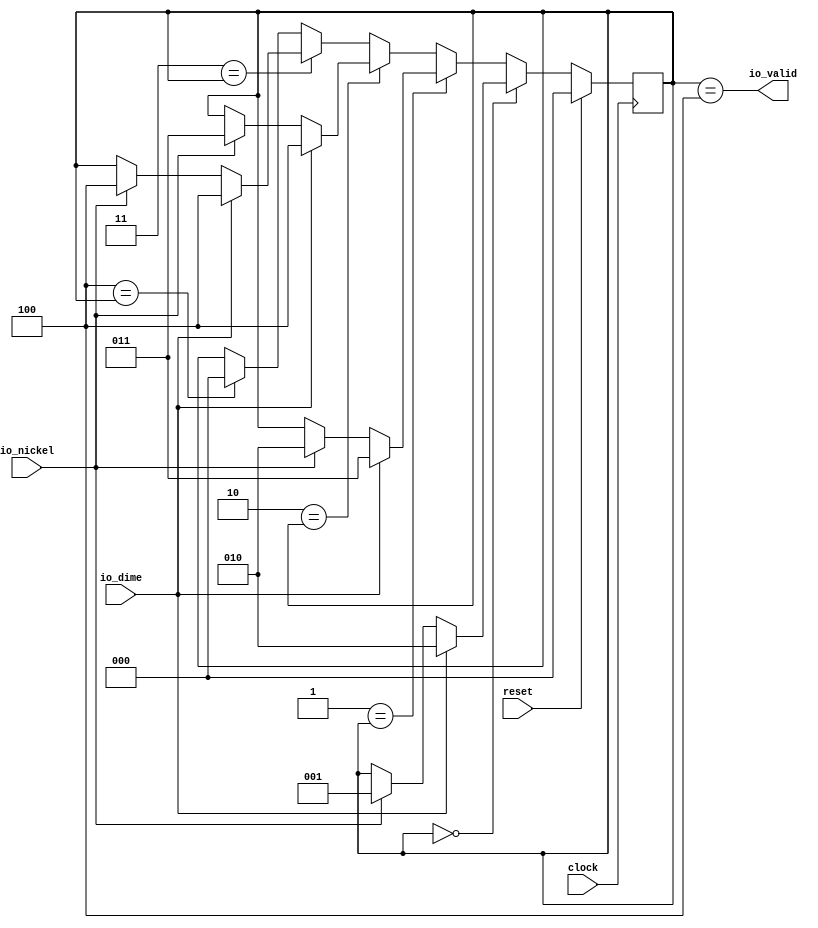
module VendingMachineSwitch( // @[:@3.2]
  input   clock, // @[:@4.4]
  input   reset, // @[:@5.4]
  input   io_nickel, // @[:@6.4]
  input   io_dime, // @[:@6.4]
  output  io_valid // @[:@6.4]
);
  reg [2:0] state; // @[VendingMachineSwitch.scala 23:22:@8.4]
  reg [31:0] _RAND_0;
  wire  _T_12; // @[Conditional.scala 37:30:@9.4]
  wire [2:0] _GEN_0; // @[VendingMachineSwitch.scala 27:24:@11.6]
  wire [2:0] _GEN_1; // @[VendingMachineSwitch.scala 28:22:@14.6]
  wire  _T_13; // @[Conditional.scala 37:30:@19.6]
  wire [2:0] _GEN_2; // @[VendingMachineSwitch.scala 31:24:@21.8]
  wire [2:0] _GEN_3; // @[VendingMachineSwitch.scala 32:22:@24.8]
  wire  _T_14; // @[Conditional.scala 37:30:@29.8]
  wire [2:0] _GEN_4; // @[VendingMachineSwitch.scala 35:24:@31.10]
  wire [2:0] _GEN_5; // @[VendingMachineSwitch.scala 36:22:@34.10]
  wire  _T_15; // @[Conditional.scala 37:30:@39.10]
  wire [2:0] _GEN_6; // @[VendingMachineSwitch.scala 39:24:@41.12]
  wire [2:0] _GEN_7; // @[VendingMachineSwitch.scala 40:22:@44.12]
  wire  _T_16; // @[Conditional.scala 37:30:@49.12]
  wire [2:0] _GEN_8; // @[Conditional.scala 39:67:@50.12]
  wire [2:0] _GEN_9; // @[Conditional.scala 39:67:@40.10]
  wire [2:0] _GEN_10; // @[Conditional.scala 39:67:@30.8]
  wire [2:0] _GEN_11; // @[Conditional.scala 39:67:@20.6]
  wire [2:0] _GEN_12; // @[Conditional.scala 40:58:@10.4]
  assign _T_12 = 3'h0 == state; // @[Conditional.scala 37:30:@9.4]
  assign _GEN_0 = io_nickel ? 3'h1 : state; // @[VendingMachineSwitch.scala 27:24:@11.6]
  assign _GEN_1 = io_dime ? 3'h2 : _GEN_0; // @[VendingMachineSwitch.scala 28:22:@14.6]
  assign _T_13 = 3'h1 == state; // @[Conditional.scala 37:30:@19.6]
  assign _GEN_2 = io_nickel ? 3'h2 : state; // @[VendingMachineSwitch.scala 31:24:@21.8]
  assign _GEN_3 = io_dime ? 3'h3 : _GEN_2; // @[VendingMachineSwitch.scala 32:22:@24.8]
  assign _T_14 = 3'h2 == state; // @[Conditional.scala 37:30:@29.8]
  assign _GEN_4 = io_nickel ? 3'h3 : state; // @[VendingMachineSwitch.scala 35:24:@31.10]
  assign _GEN_5 = io_dime ? 3'h4 : _GEN_4; // @[VendingMachineSwitch.scala 36:22:@34.10]
  assign _T_15 = 3'h3 == state; // @[Conditional.scala 37:30:@39.10]
  assign _GEN_6 = io_nickel ? 3'h4 : state; // @[VendingMachineSwitch.scala 39:24:@41.12]
  assign _GEN_7 = io_dime ? 3'h4 : _GEN_6; // @[VendingMachineSwitch.scala 40:22:@44.12]
  assign _T_16 = 3'h4 == state; // @[Conditional.scala 37:30:@49.12]
  assign _GEN_8 = _T_16 ? 3'h0 : state; // @[Conditional.scala 39:67:@50.12]
  assign _GEN_9 = _T_15 ? _GEN_7 : _GEN_8; // @[Conditional.scala 39:67:@40.10]
  assign _GEN_10 = _T_14 ? _GEN_5 : _GEN_9; // @[Conditional.scala 39:67:@30.8]
  assign _GEN_11 = _T_13 ? _GEN_3 : _GEN_10; // @[Conditional.scala 39:67:@20.6]
  assign _GEN_12 = _T_12 ? _GEN_1 : _GEN_11; // @[Conditional.scala 40:58:@10.4]
  assign io_valid = state == 3'h4; // @[VendingMachineSwitch.scala 46:12:@54.4]
`ifdef RANDOMIZE_GARBAGE_ASSIGN
`define RANDOMIZE
`endif
`ifdef RANDOMIZE_INVALID_ASSIGN
`define RANDOMIZE
`endif
`ifdef RANDOMIZE_REG_INIT
`define RANDOMIZE
`endif
`ifdef RANDOMIZE_MEM_INIT
`define RANDOMIZE
`endif
`ifndef RANDOM
`define RANDOM $random
`endif
`ifdef RANDOMIZE
  integer initvar;
  initial begin
    `ifdef INIT_RANDOM
      `INIT_RANDOM
    `endif
    `ifndef VERILATOR
      #0.002 begin end
    `endif
  `ifdef RANDOMIZE_REG_INIT
  _RAND_0 = {1{`RANDOM}};
  state = _RAND_0[2:0];
  `endif // RANDOMIZE_REG_INIT
  end
`endif // RANDOMIZE
  always @(posedge clock) begin
    if (reset) begin
      state <= 3'h0;
    end else begin
      if (_T_12) begin
        if (io_dime) begin
          state <= 3'h2;
        end else begin
          if (io_nickel) begin
            state <= 3'h1;
          end
        end
      end else begin
        if (_T_13) begin
          if (io_dime) begin
            state <= 3'h3;
          end else begin
            if (io_nickel) begin
              state <= 3'h2;
            end
          end
        end else begin
          if (_T_14) begin
            if (io_dime) begin
              state <= 3'h4;
            end else begin
              if (io_nickel) begin
                state <= 3'h3;
              end
            end
          end else begin
            if (_T_15) begin
              if (io_dime) begin
                state <= 3'h4;
              end else begin
                if (io_nickel) begin
                  state <= 3'h4;
                end
              end
            end else begin
              if (_T_16) begin
                state <= 3'h0;
              end
            end
          end
        end
      end
    end
  end
endmodule